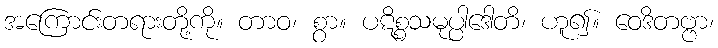
အကြောင်းတရားတို့ကို။ တာဝ၊ စွာ။ ပဋိစ္စသမုပ္ပါဒေါတိ၊ ဟူ၍။ ဝေဒိတဗ္ဗာ၊